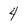
Character: 4